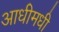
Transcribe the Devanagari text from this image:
आधीमधी